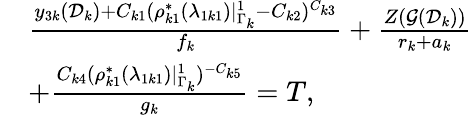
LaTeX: \begin{array}{rl}&{\frac{y_{3k}(\mathcal D_{k})+C_{k1}(\rho_{k1}^{*}(\lambda_{1k1})|_{\Gamma_{k}}^{1}-C_{k2})^{C_{k3}}}{f_{k}}+\frac{Z(\mathcal G(\mathcal D_{k}))}{r_{k}+a_{k}}}\\ &{+\frac{C_{k4}(\rho_{k1}^{*}(\lambda_{1k1})|_{\Gamma_{k}}^{1})^{-C_{k5}}}{g_{k}}=T,}\end{array}